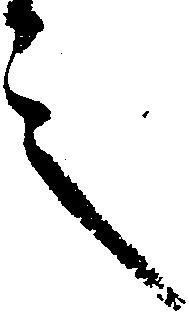
言